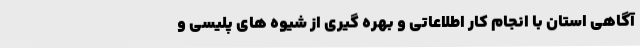
آگاهی استان با انجام کار اطلاعاتی و بهره گیری از شیوه های پلیسی و